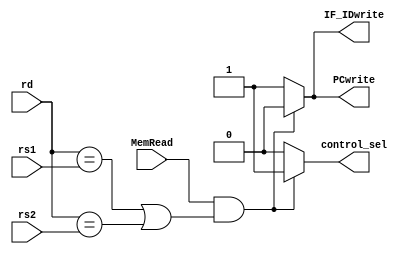
`timescale 1ns / 1ps
//////////////////////////////////////////////////////////////////////////////////
// Company: 
// Engineer: 
// 
// Design Name: 
// Module Name: hazard_detection
// Project Name: 
// Target Devices: 
// Tool Versions: 
// Description: 
// 
// Dependencies: 
// 
// Revision:
// Revision 0.01 - File Created
// Additional Comments:
// 
//////////////////////////////////////////////////////////////////////////////////


module hazard_detection(
    input [4:0] rd,
    input [4:0] rs1,
    input [4:0] rs2,
    input MemRead,
    output reg PCwrite,
    output reg IF_IDwrite,
    output reg control_sel
);
    always@(rd, rs1, rs2, MemRead)
    begin
        if (MemRead && ((rd == rs1) || (rd == rs2)))
        begin
            PCwrite = 1'b0;
            IF_IDwrite = 1'b0;
            control_sel = 1'b1;
        end
        else
        begin
            PCwrite = 1'b1;
            IF_IDwrite = 1'b1;
            control_sel = 1'b0;
        end
    end
endmodule